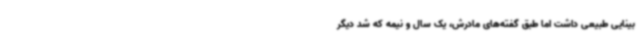
بینایی طبیعی داشت اما طبق گفته‌های مادرش، یک سال و نیمه که شد دیگر